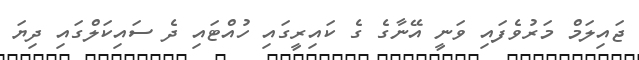
ޖައިލަމް މަރުވެފައި ވަނީ އޭނާގެ ގެ ކައިރީގައި ހުއްޓައި ދެ ސައިކަލްގައި ދިޔަ